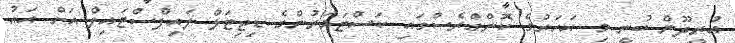
އުރީދޫން ބުނީ މި އަހަރުގެ ކޮންގްރެސްގައި ކަސްޓަމަރުންގެ ޑިޖިޓަލް ލައިފްސްޓައިލް އަށް އައު